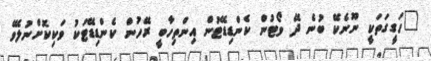
"ހަގީގަތަކީ ނޫނެކޭ ބުނެ ދޭ ވޯޓުން ކެންޑިޑޭޓުން އިންތިހާބީ ރޭހުން ކެންޑިޑޭޓަކު ވަކިކޮށްނުލެވޭ